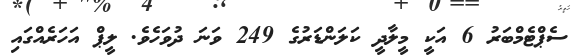
ސެޕްޓެމްބަރު 6 އަކީ މީލާދީ ކަލަންޑަރުގެ 249 ވަނަ ދުވަހެވެ. ލީޕް އަހަރެއްގައި